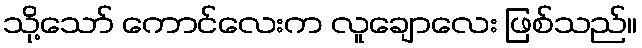
သို့သော် ကောင်လေးက လူချောလေး ဖြစ်သည်။